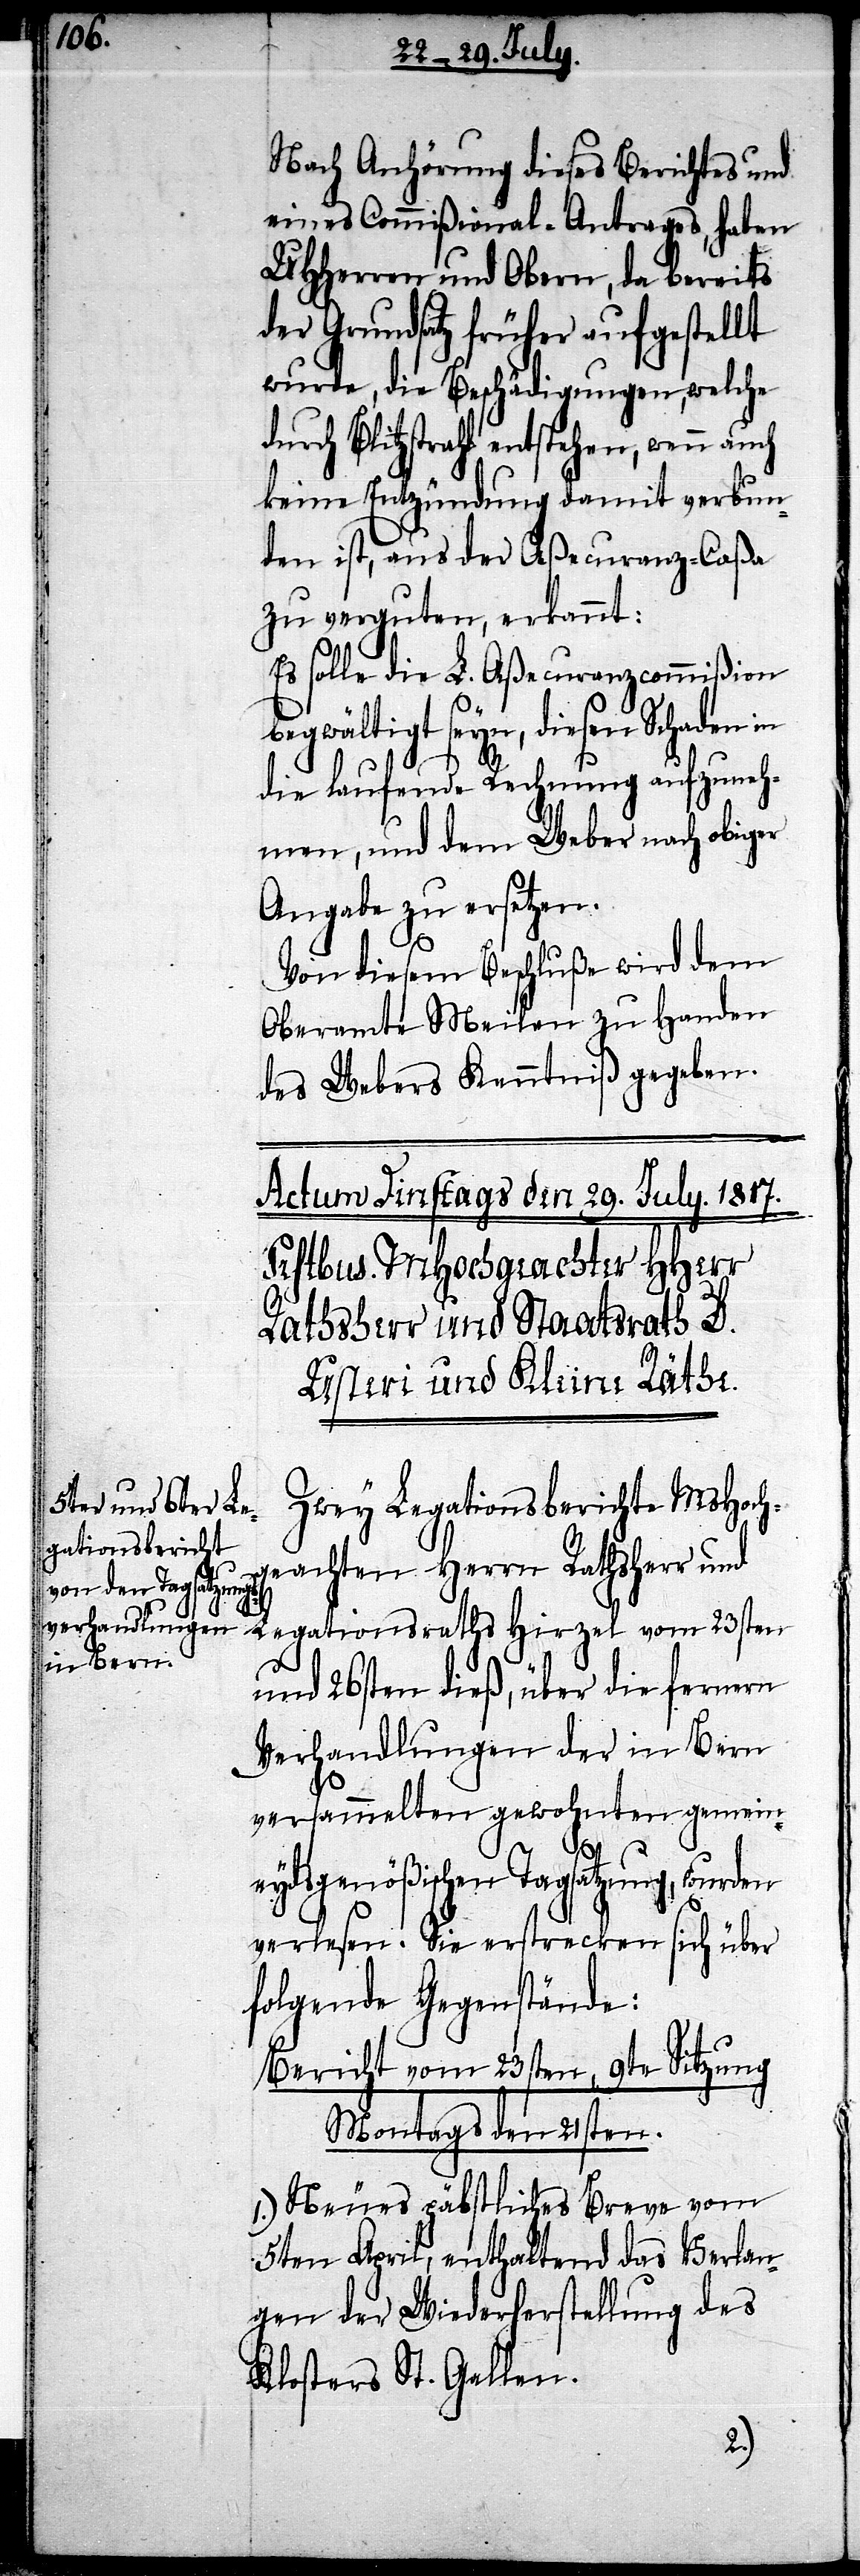
Nach Anhörung dieses Berichtes und
eines Commißional-Antrages, haben
UHHerren und Obern, da bereits
der Grundsatz früher aufgestellt
wurde, die Beschädigungen, welche
durch Blitzstrahl entstehen, wenn auch
keine Entzündung damit verbun¬
den ist, aus der Aßecuranz-Caßa
zu verguten, erkannt:
Es solle die L. Aßecuranzcommißion
begwältigt seyn, diesen Schaden
die laufende Rechnung aufzuneh¬
men, und dem Weber nach obiger
Angabe zu ersetzen.
Von diesem Beschluße wird dem
Oberamte Meilen zu Handen
des Webers Kenntniß gegeben.
Zwey Legationsberichte MsHoch¬
geachten Herrn Rathsherr und
Legationsraths Hirzel vom 23sten
und 26sten dieß, über die fernern
Verhandlungen der in Bern
versammelten gewohnten gemein¬
eydsgenößischen Tagsatzung, wurden
verlesen. Sie erstrecken sich über
folgende Gegenstände:
Bericht vom 23sten, 9te Sitzung
Montags den 21sten.
1.) Neues päbstliches Breve vom
5ten April, enthaltend das Verlan¬
gen der Wiederherstellung des
Klosters St. Gallen.